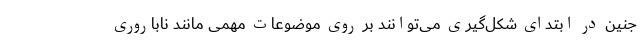
جنین در ابتدای شکل‌گیری می‌توانند بر روی موضوعات مهمی مانند ناباروری